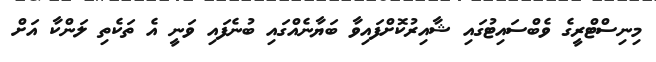
މިނިސްޓްރީގެ ވެބްސައިޓުގައި ޝާއިރުކޮށްފައިވާ ބަޔާނެއްގައި ބުނެފައި ވަނީ އެ ތަކެތި ލަންކާ އަށް